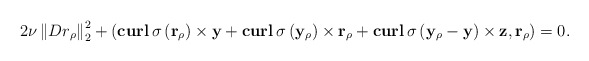
\begin{align*}2\nu \left\|Dr_\rho\right\|_2^2+\left(\mathbf{curl}\,\sigma\left(\mathbf r_\rho\right)\times \mathbf y+ \mathbf{curl}\,\sigma\left(\mathbf y_\rho\right)\times \mathbf r_\rho+\mathbf{curl}\,\sigma\left(\mathbf y_\rho-\mathbf y\right)\times \mathbf z,\mathbf r_\rho\right)=0.\end{align*}